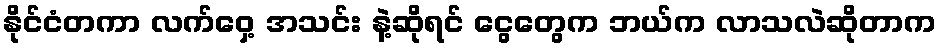
နိုင်ငံတကာ လက်ဝှေ့ အသင်း နဲ့ဆိုရင် ငွေတွေက ဘယ်က လာသလဲဆိုတာက